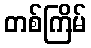
တစ်ကြိမ်